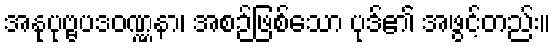
အနုပုဗ္ဗပဒဝဏ္ဏနာ၊ အစဉ်ဖြစ်သော ပုဒ်၏ အဖွင့်တည်း။